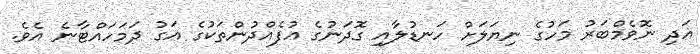
އަދި ނޮވެމްބަރު މަހުގެ ނިޔަލަށް ހަނޑުލާއި ގޮދަނުގެ އުފެއްދުންތަކުގެ އަގު ދަމަހައްޓާނެ އެވެ.